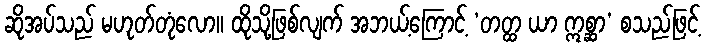
ဆိုအပ်သည် မဟုတ်တုံလော။ ထိုသို့ဖြစ်လျက် အဘယ့်ကြောင့် ‘တတ္ထ ယာ ဣစ္ဆာ’ စသည်ဖြင့်